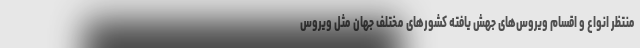
منتظر انواع و اقسام ویروس‌های جهش یافته کشورهای مختلف جهان مثل ویروس